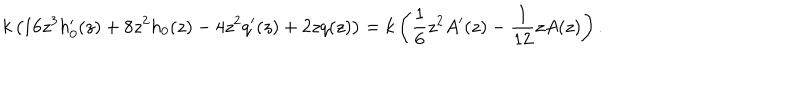
k \left( 1 6 z ^ { 3 } h _ { 0 } ^ { \prime } ( z ) + 8 z ^ { 2 } h _ { 0 } ( z ) - 4 z ^ { 2 } q ^ { \prime } ( z ) + 2 z q ( z ) \right) = k \left( \frac { 1 } { 6 } z ^ { 2 } A ^ { \prime } ( z ) - \frac { 1 } { 1 2 } z A ( z ) \right) .